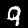
Label: 9